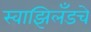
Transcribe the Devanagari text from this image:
स्वाझिलँडचे